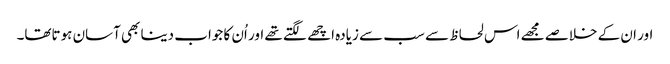
اور ان کے خلاصے مجھے اس لحاظ سے سب سے زیادہ اچھے لگتے تھے اور اُن کا جواب دینا بھی آسان ہوتاتھا۔